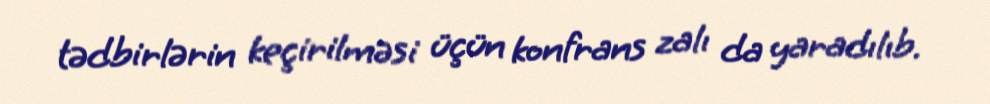
tədbirlərin keçirilməsi üçün konfrans zalı da yaradılıb.